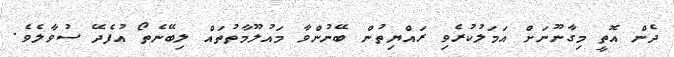
ދެން އޮތީ މިގާނޫނަށް އަމަލުކުރެވި ރައްޔިތުން ބޭނުންވާ މައުލޫމާތުތައް ލިބޭނެތޯ އުފެދޭ ސުވާލެވެ.